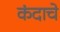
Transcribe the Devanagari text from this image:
कंदाचे